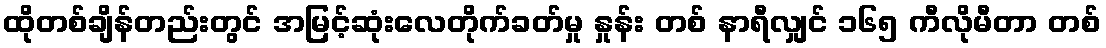
ထိုတစ်ချိန်တည်းတွင် အမြင့်ဆုံးလေတိုက်ခတ်မှု နှုန်း တစ် နာရီလျှင် ၁၆၅ ကီလိုမီတာ တစ်